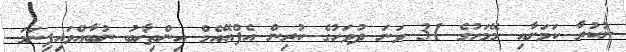
ނުކުރާ ކަމަށާއި މޭމަހުގެ 31 ވަނަ ދުވަހުގެ ކުރިން އެފްއޭއެމް އިންތިޚާބު ނުބާއްވައިފިނަމަ